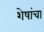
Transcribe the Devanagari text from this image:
शेषांचा